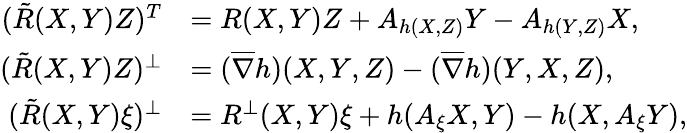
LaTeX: \begin{array}{rl}{(\tilde{R}(X,Y)Z)^{T}}&{=R(X,Y)Z+A_{h(X,Z)}Y-A_{h(Y,Z)}X,}\\ {(\tilde{R}(X,Y)Z)^{\perp}}&{=(\overline{{\nabla}}h)(X,Y,Z)-(\overline{{\nabla}}h)(Y,X,Z),}\\ {(\tilde{R}(X,Y)\xi)^{\perp}}&{=R^{\perp}(X,Y)\xi+h(A_{\xi}X,Y)-h(X,A_{\xi}Y),}\end{array}